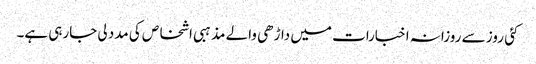
کئی روز سے روزانہ اخبارات میں داڑھی والے مذہبی اشخاص کی مدد لی جارہی ہے۔